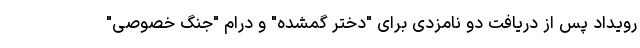
رویداد پس از دریافت دو نامزدی برای "دختر گمشده" و درام "جنگ خصوصی"